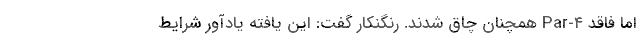
اما فاقد Par-۴ همچنان چاق شدند. رنگنکار گفت: این یافته یادآور شرایط